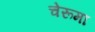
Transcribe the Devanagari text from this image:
चेरूमा